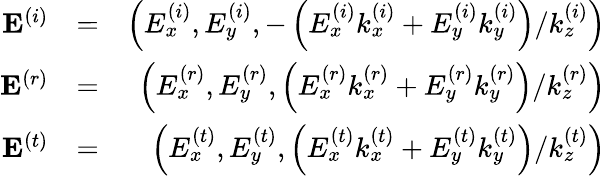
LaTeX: \begin{array}{rlr}{\mathbf{E}^{\left(i\right)}}&{=}&{\left(E_{x}^{\left(i\right)},E_{y}^{\left(i\right)},-\left(E_{x}^{\left(i\right)}k_{x}^{\left(i\right)}+E_{y}^{\left(i\right)}k_{y}^{\left(i\right)}\right)/k_{z}^{\left(i\right)}\right)}\\ {\mathbf{E}^{\left(r\right)}}&{=}&{\left(E_{x}^{\left(r\right)},E_{y}^{\left(r\right)},\left(E_{x}^{\left(r\right)}k_{x}^{\left(r\right)}+E_{y}^{\left(r\right)}k_{y}^{\left(r\right)}\right)/k_{z}^{\left(r\right)}\right)}\\ {\mathbf{E}^{\left(t\right)}}&{=}&{\left(E_{x}^{\left(t\right)},E_{y}^{\left(t\right)},\left(E_{x}^{\left(t\right)}k_{x}^{\left(t\right)}+E_{y}^{\left(t\right)}k_{y}^{\left(t\right)}\right)/k_{z}^{\left(t\right)}\right)}\end{array}